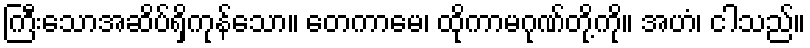
ကြီးသောအဆိပ်ရှိကုန်သော။ တေကာမေ၊ ထိုကာမဂုဏ်တို့ကို။ အဟံ၊ ငါသည်။